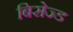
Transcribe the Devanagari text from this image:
बिसेज्ड